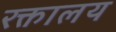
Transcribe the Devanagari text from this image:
रक्तालय